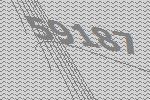
59187